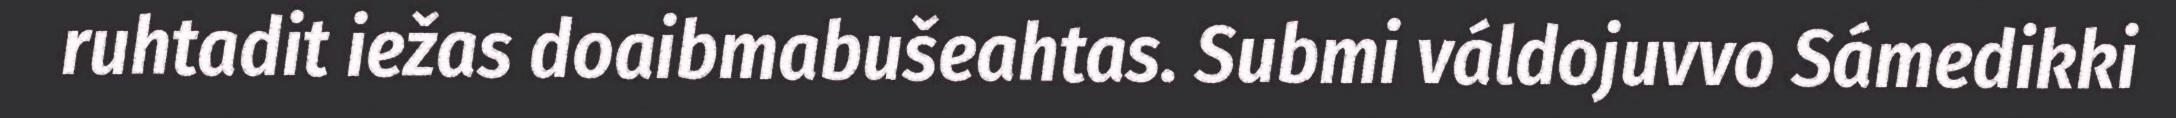
ruhtadit iežas doaibmabušeahtas. Submi váldojuvvo Sámedikki